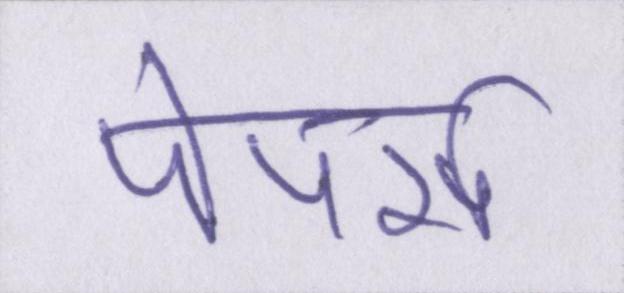
पेपर्स